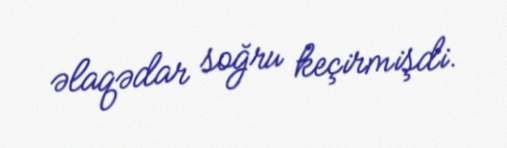
əlaqədar soğru keçirmişdi.